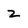
Character: z